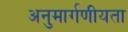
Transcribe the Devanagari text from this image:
अनुमार्गणीयता